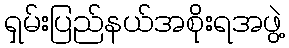
ရှမ်းပြည်နယ်အစိုးရအဖွဲ့